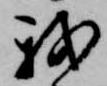
我